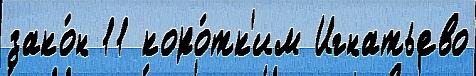
зако́н 11 коро́тк'им Игнатьево